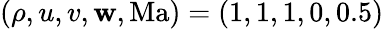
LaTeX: (\rho,u,v,\mathbf{w},\mathrm{{Ma}})=(1,1,1,0,0.5)